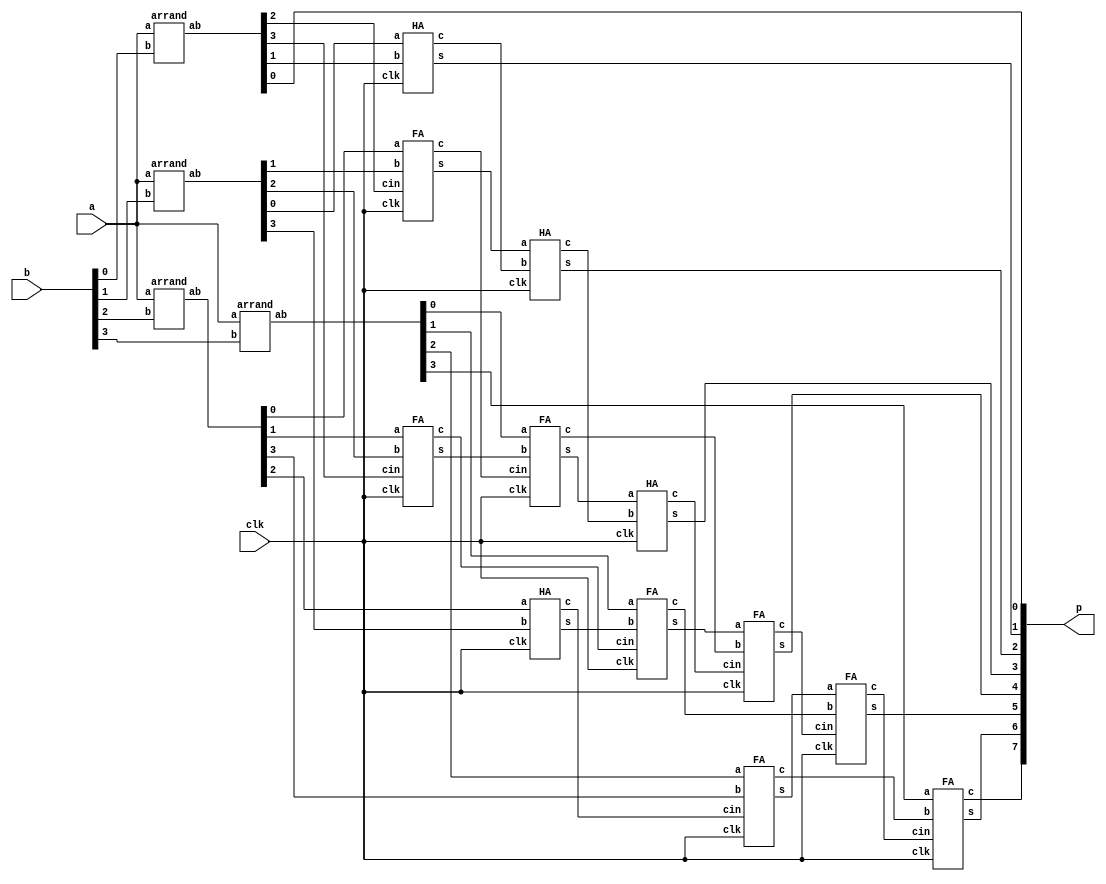
module MPY(clk, a, b, p);
    input clk;
    input [3:0] a, b;
    output [7:0] p;
    wire [3:0] ab0, ab1, ab2, ab3;
    wire [3:0] carry0, carry1, carry2;
    wire [3:0] s0, s1, s2;

    arrand and0(a, b[0], ab0);
    arrand and1(a, b[1], ab1);
    arrand and2(a, b[2], ab2);
    arrand and3(a, b[3], ab3);
	
	HA HA1_1(clk, ab1[0], ab0[1], s0[0], carry0[0]);
	FA FA1_1(clk, ab2[0], ab1[1], ab0[2], s0[1], carry0[1]);
	FA FA1_2(clk, ab2[1], ab1[2], ab0[3], s0[2], carry0[2]);	
	HA HA1_2(clk, ab2[2], ab1[3], s0[3], carry0[3]);
	
	HA HA2_1(clk, s0[1], carry0[0], s1[0], carry1[0]); 
	FA FA2_1(clk, ab3[0], s0[2], carry0[1], s1[1], carry1[1]);
	FA FA2_2(clk, ab3[1], s0[3], carry0[2], s1[2], carry1[2]);
	FA FA2_3(clk, ab3[2], ab2[3], carry0[3], s1[3], carry1[3]);
	
	HA HA3_1(clk, s1[1], carry1[0], s2[0], carry2[0]);
	FA FA3_1(clk, s1[2], carry1[1], carry2[0], s2[1], carry2[1]);
	FA FA3_2(clk, s1[3], carry1[2], carry2[1], s2[2], carry2[2]);
	FA FA3_3(clk, ab3[3], carry1[3], carry2[2], s2[3], carry2[3]);
	
	assign p[0] = ab0[0];
	assign p[1] = s0[0];
	assign p[2] = s1[0];
	assign p[6:3] = s2[3:0];
	assign p[7] = carry2[3];
		
endmodule

module arrand(a, b, ab);
    input [3:0] a;
    input b;
    output [3:0] ab;

    assign ab[0] = a[0] & b;
    assign ab[1] = a[1] & b;
    assign ab[2] = a[2] & b;
    assign ab[3] = a[3] & b;
endmodule

module FA(clk, a, b, cin, s, c);
    input clk;
    input a, b, cin;
    output  reg s, c;
    always @(posedge clk) begin
        s <= (a ^ b ^ cin);
        c <= ( a & b ) + ( b & cin ) + ( cin & a );
    end
endmodule

module HA(clk, a, b, s, c);
    input clk;
    input a, b;
    output  reg s, c;
    always @(posedge clk) begin
        s <=  a ^ b ;
        c <=  a & b ;
    end
endmodule